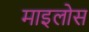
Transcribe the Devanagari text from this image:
माइलोस